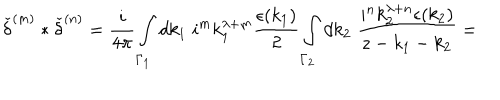
{ \check { \delta } } ^ { ( m ) } \ast { \check { \delta } } ^ { ( n ) } = \frac { i } { 4 \pi } \int _ { { \Gamma } _ { 1 } } d k _ { 1 } \; i ^ { m } k _ { 1 } ^ { \lambda + m } \frac { \epsilon ( k _ { 1 } ) } { 2 } \int _ { { \Gamma } _ { 2 } } d k _ { 2 } \; \frac { i ^ { n } k _ { 2 } ^ { \lambda + n } \epsilon ( k _ { 2 } ) } { z - k _ { 1 } - k _ { 2 } } =